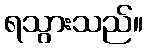
ရသွားသည်။